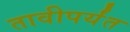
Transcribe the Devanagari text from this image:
तावीपर्यंत